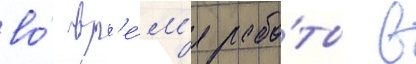
во́ вр'е́м'я рабо́ты в